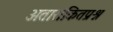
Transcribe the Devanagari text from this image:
अतारांकितप्रश्न